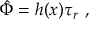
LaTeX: \hat { \Phi } = h ( x ) \tau _ { r } \ ,